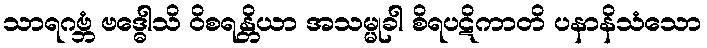
သာရဂဗ္ဘံ ဗဒ္ဓေါသိ ဝိစရန္တိယာ အသမ္မုခါ စိရပဋိကာတိ ပနာနိသံသော